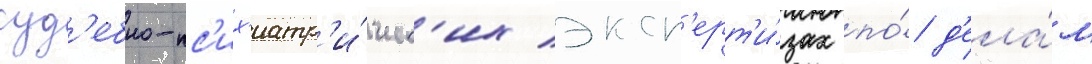
суд'ебно-пс'их'иатр'и́ческ'их эксп'ерт'и́зах по́ д'ела́м